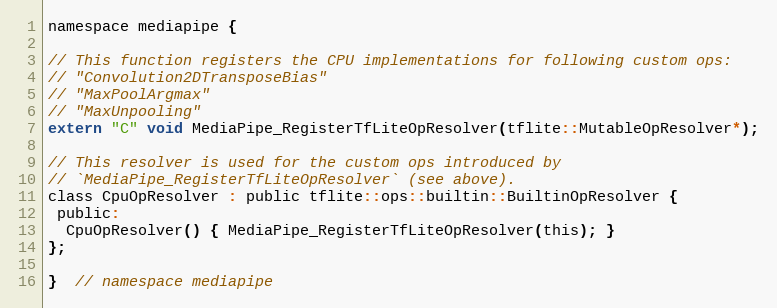
Language: C
namespace mediapipe {

// This function registers the CPU implementations for following custom ops:
// "Convolution2DTransposeBias"
// "MaxPoolArgmax"
// "MaxUnpooling"
extern "C" void MediaPipe_RegisterTfLiteOpResolver(tflite::MutableOpResolver*);

// This resolver is used for the custom ops introduced by
// `MediaPipe_RegisterTfLiteOpResolver` (see above).
class CpuOpResolver : public tflite::ops::builtin::BuiltinOpResolver {
 public:
  CpuOpResolver() { MediaPipe_RegisterTfLiteOpResolver(this); }
};

}  // namespace mediapipe